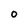
Character: O